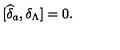
\lbrack \widehat { \delta } _ { a } , \delta _ { \Lambda } ] = 0 .